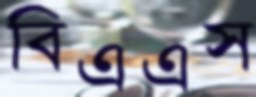
বিএএস